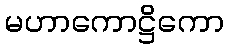
မဟာကောဋ္ဌိကော